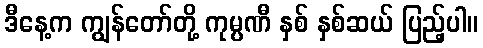
ဒီနေ့က ကျွန်တော်တို့ ကုမ္ပဏီ နှစ် နှစ်ဆယ် ပြည့်ပါ။